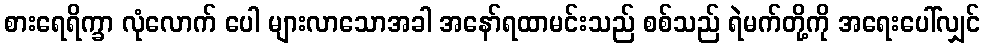
စားရေရိက္ခာ လုံလောက် ပေါ များလာသောအခါ အနော်ရထာမင်းသည် စစ်သည် ရဲမက်တို့ကို အရေးပေါ်လျှင်